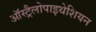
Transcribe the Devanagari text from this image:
ऑस्ट्रैलोपाइथेशियन